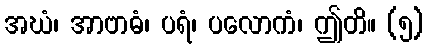
အဃံ၊ အာဗာဓံ၊ ပရံ၊ ပလောကံ၊ ဤတိ။ (၅)